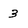
Character: 3